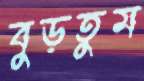
বুড়তুম